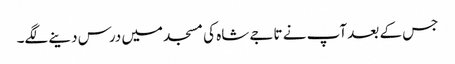
جس کے بعد آپ نے تاجے شاہ کی مسجد میں درس دینے لگے۔